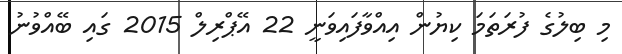
މި ބިލުގެ ފުރަތަމަ ކިޔުން އިއްވާފައިވަނީ 22 އޭޕްރިލް 2015 ގައި ބޭއްވުނު